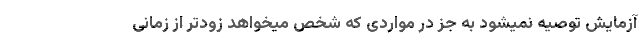
آزمایش توصیه نمیشود به جز در مواردی که شخص میخواهد زودتر از زمانی